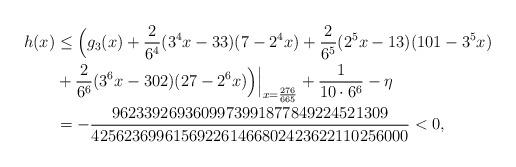
LaTeX: \begin{align*}h(x)&\le \Bigl(g_3(x)+\frac{2}{6^4} (3^4x-33)(7-2^4x)+\frac{2}{6^5} (2^5x-13)(101-3^5x)\\&+\frac{2}{6^6} (3^6x-302)(27-2^6 x)\Bigr)\Bigr|_{x=\frac{276}{665}} + \frac1{10\cdot 6^6}- \eta\\&=-\frac{9623392693609973991877849224521309}{425623699615692261466802423622110256000}<0,\end{align*}